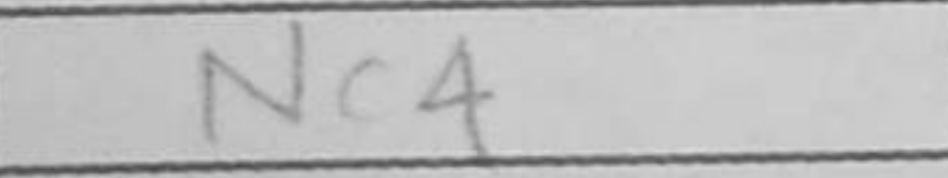
Transcription: Nc4